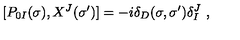
[ P _ { 0 I } ( \sigma ) , X ^ { J } ( \sigma ^ { \prime } ) ] = - i \delta _ { D } ( \sigma , \sigma ^ { \prime } ) \delta _ { I } ^ { J } \ ,